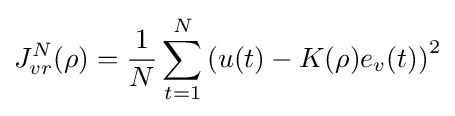
J_{vr}^{N}(\rho )={\frac {1}{N}}\sum _{t=1}^{N}\left(u(t)-K(\rho )e_{v}(t)\right)^{2}